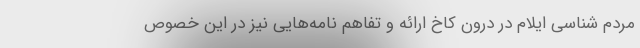
مردم شناسی ایلام در درون کاخ ارائه و تفاهم نامه‌هایی نیز در این خصوص